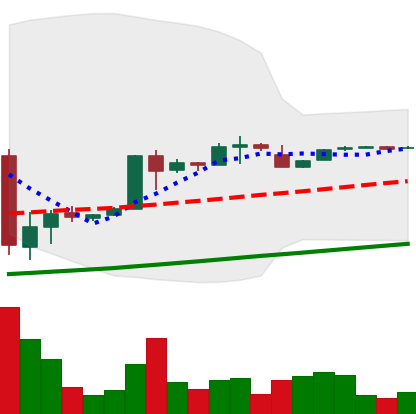
Ticker: BTC-USD
Chart end date: 2017-01-30
Forward return: 13.312%
Label: up_7plus